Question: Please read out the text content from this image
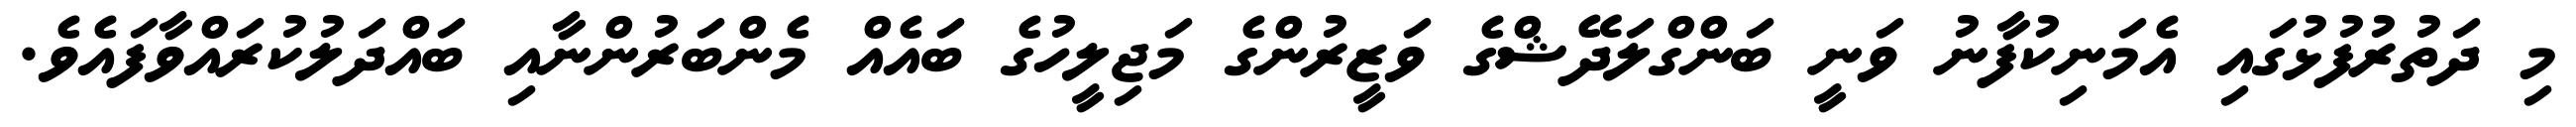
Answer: މި ދަތުރުފުޅުގައި އެމަނިކުފާނު ވަނީ ބަންގްލަދޭޝްގެ ވަޒީރުންގެ މަޖިލީހުގެ ބައެއް މެންބަރުންނާއި ބައްދަލުކުރައްވާފައެވެ.